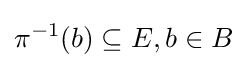
\pi ^{-1}(b)\subseteq E,b\in B